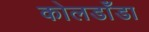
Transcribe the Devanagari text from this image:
कोलडाँडा